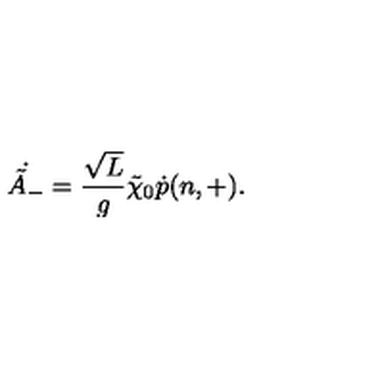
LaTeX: \dot { \tilde { A } _ { - } } = \frac { \sqrt L } { g } \tilde { \chi } _ { 0 } \dot { p } ( n , + ) .